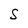
Character: S